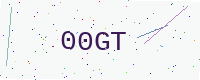
Text: 00GT